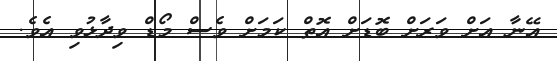
އޭނާ އަށް ވަރަށް ބޮޑަށް އޮތް ކަމަށް ވެސް މޯޑް ވިދާޅުވި އެވެ.